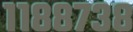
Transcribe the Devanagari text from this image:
११८८७३८